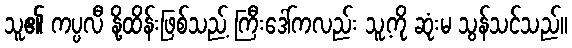
သူ၏ ကပ္ပလီ နို့ထိန်းဖြစ်သည့် ကြီးဒေါ်ကလည်း သူ့ကို ဆုံးမ သွန်သင်သည်။